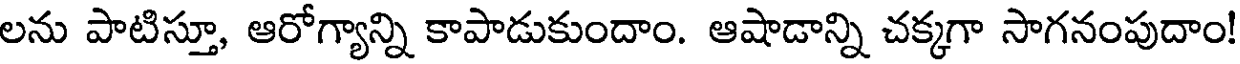
లను పాటిస్తూ, ఆరోగ్యాన్ని కాపాడుకుందాం. ఆషాడాన్ని చక్కగా సాగనంపుదాం!